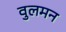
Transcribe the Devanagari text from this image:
वुलमन